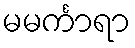
မမင်္ကာရာ